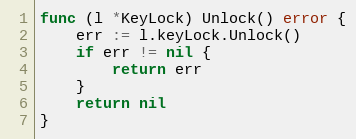
Language: Go
func (l *KeyLock) Unlock() error {
	err := l.keyLock.Unlock()
	if err != nil {
		return err
	}
	return nil
}